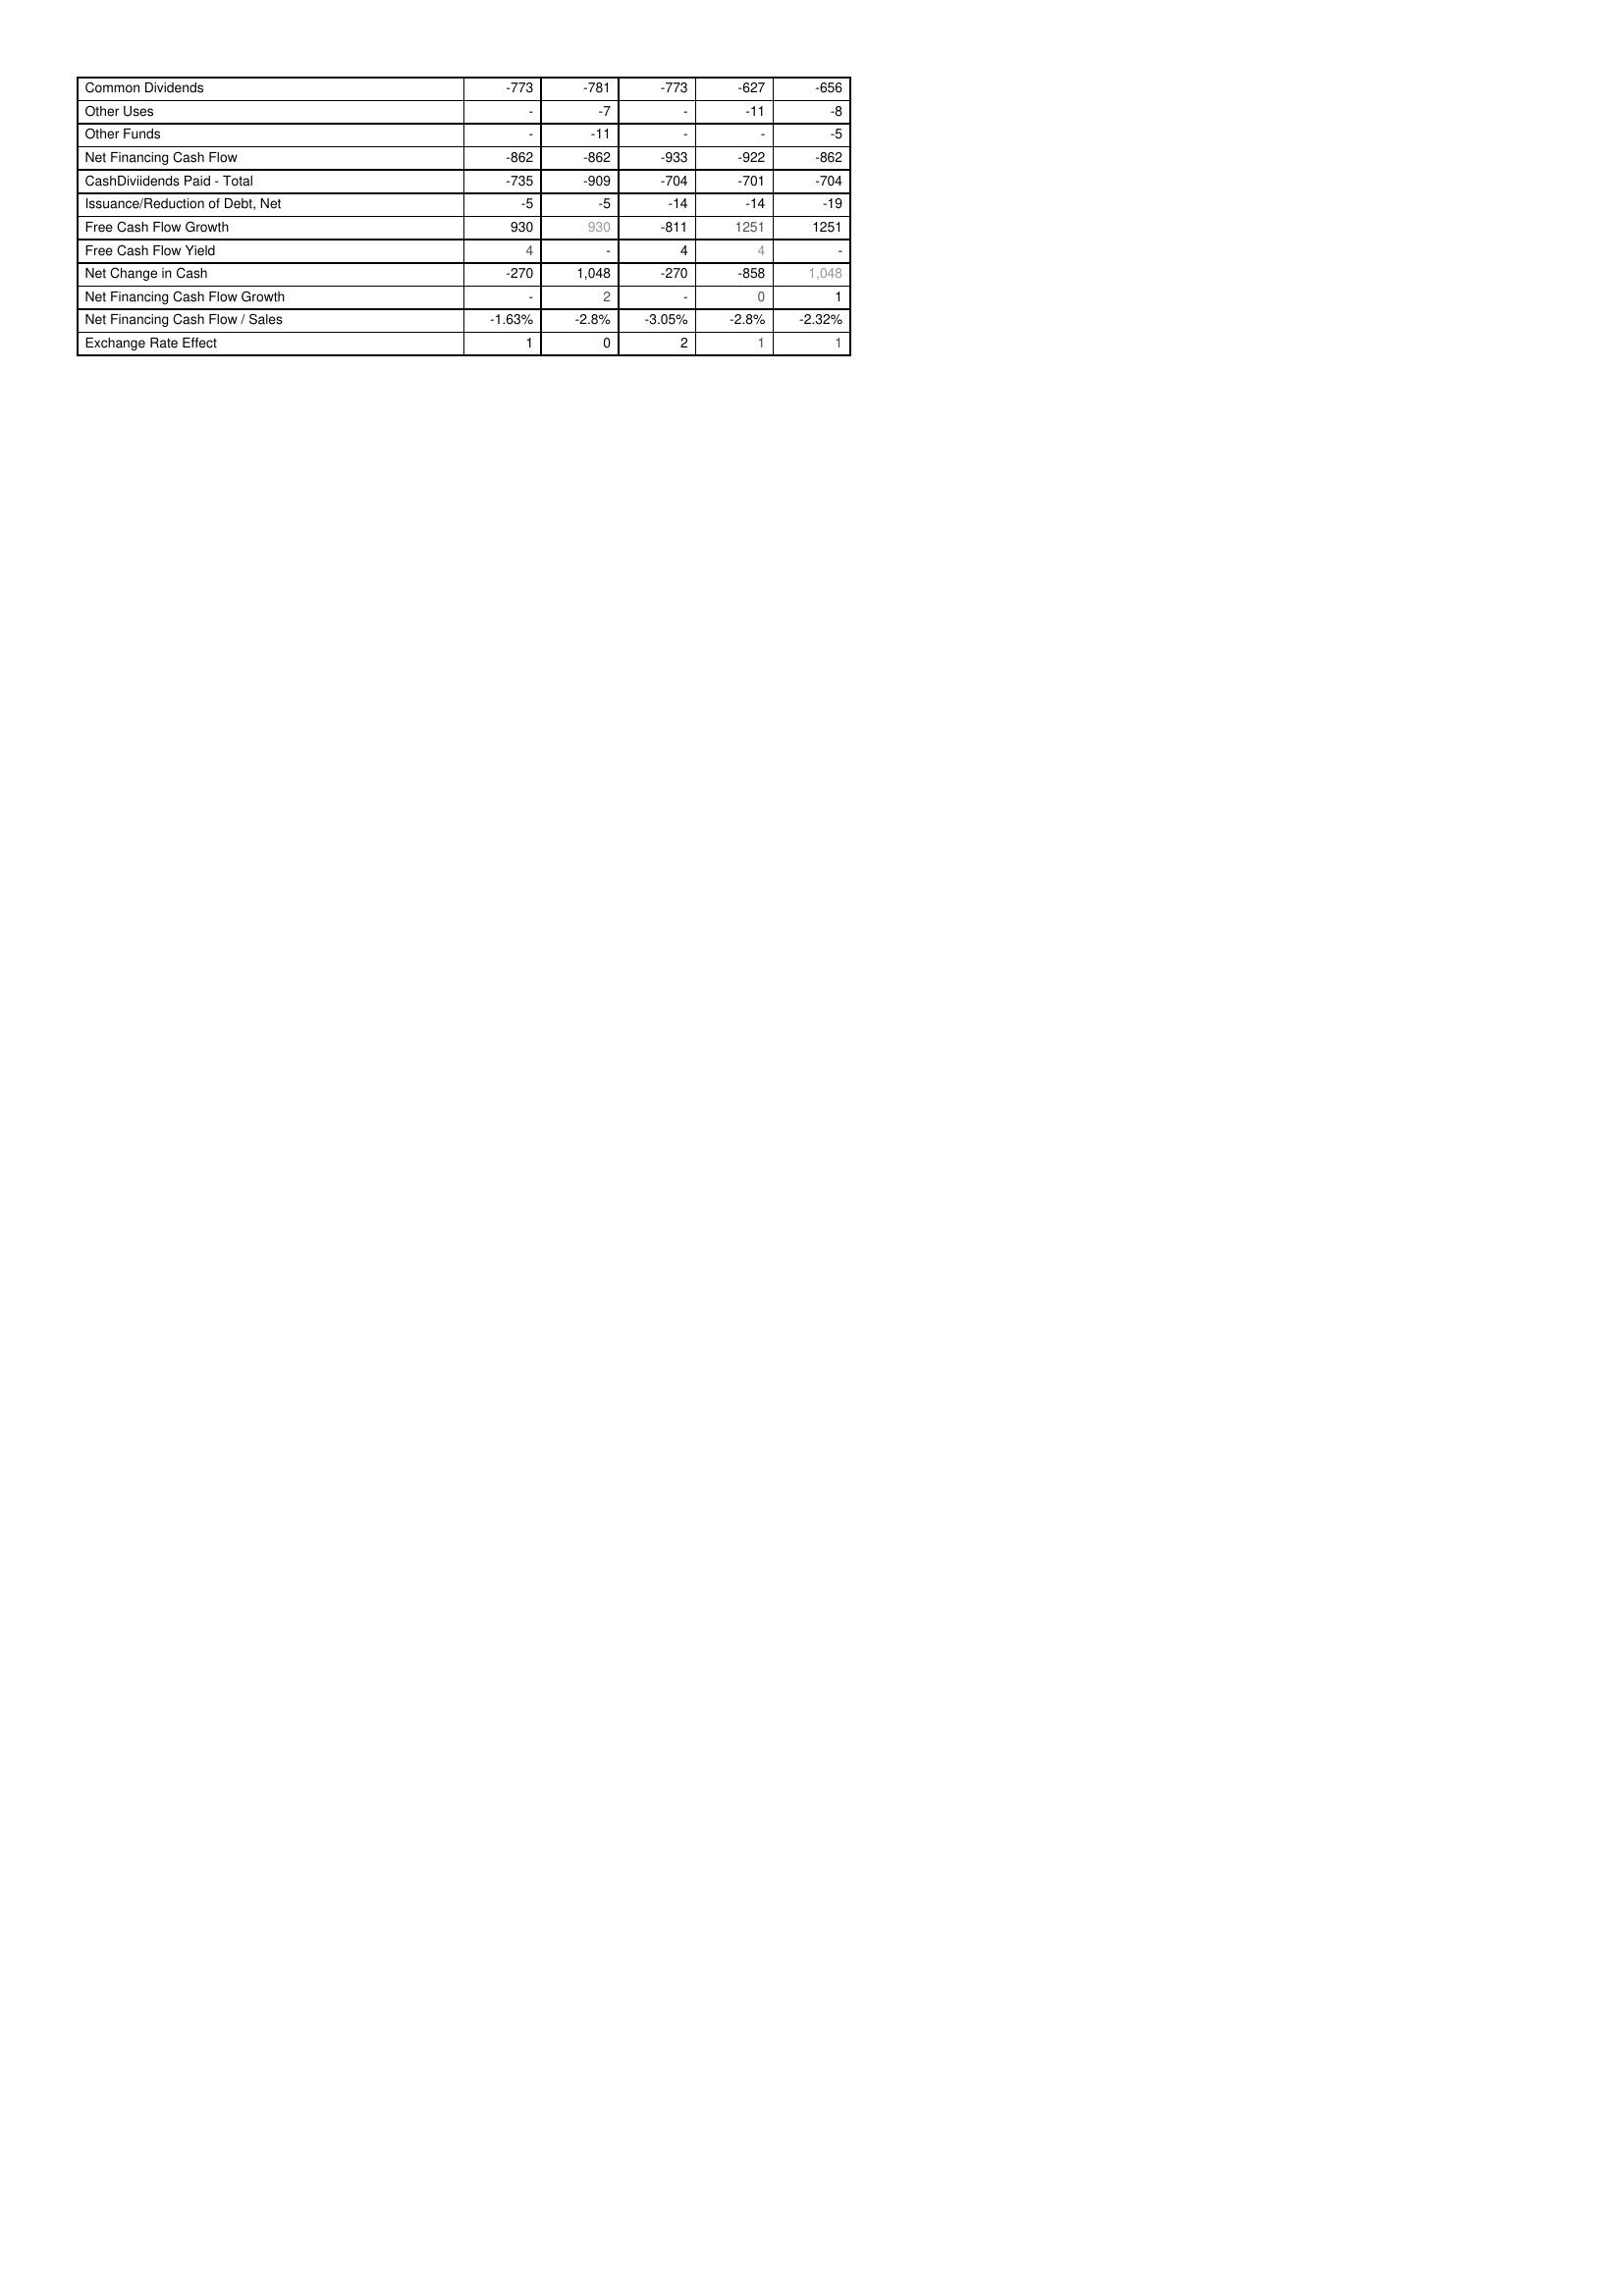
2018: Financing Activities: Common Dividends: -773
Other Uses: -
Other Funds: -
Net Financing Cash Flow: -862
CashDiviidends Paid - Total: -735
Issuance/Reduction of Debt, Net: -5
Free Cash Flow Growth: 930
Free Cash Flow Yield: 4
Net Change in Cash: -270
Net Financing Cash Flow Growth: -
Net Financing Cash Flow / Sales: -1.63%
Exchange Rate Effect: 1
2017: Financing Activities: Common Dividends: -781
Other Uses: -7
Other Funds: -11
Net Financing Cash Flow: -862
CashDiviidends Paid - Total: -909
Issuance/Reduction of Debt, Net: -5
Free Cash Flow Growth: 930
Free Cash Flow Yield: -
Net Change in Cash: 1,048
Net Financing Cash Flow Growth: 2
Net Financing Cash Flow / Sales: -2.8%
Exchange Rate Effect: 0
2016: Financing Activities: Common Dividends: -773
Other Uses: -
Other Funds: -
Net Financing Cash Flow: -933
CashDiviidends Paid - Total: -704
Issuance/Reduction of Debt, Net: -14
Free Cash Flow Growth: -811
Free Cash Flow Yield: 4
Net Change in Cash: -270
Net Financing Cash Flow Growth: -
Net Financing Cash Flow / Sales: -3.05%
Exchange Rate Effect: 2
2015: Financing Activities: Common Dividends: -627
Other Uses: -11
Other Funds: -
Net Financing Cash Flow: -922
CashDiviidends Paid - Total: -701
Issuance/Reduction of Debt, Net: -14
Free Cash Flow Growth: 1251
Free Cash Flow Yield: 4
Net Change in Cash: -858
Net Financing Cash Flow Growth: 0
Net Financing Cash Flow / Sales: -2.8%
Exchange Rate Effect: 1
2014: Financing Activities: Common Dividends: -656
Other Uses: -8
Other Funds: -5
Net Financing Cash Flow: -862
CashDiviidends Paid - Total: -704
Issuance/Reduction of Debt, Net: -19
Free Cash Flow Growth: 1251
Free Cash Flow Yield: -
Net Change in Cash: 1,048
Net Financing Cash Flow Growth: 1
Net Financing Cash Flow / Sales: -2.32%
Exchange Rate Effect: 1